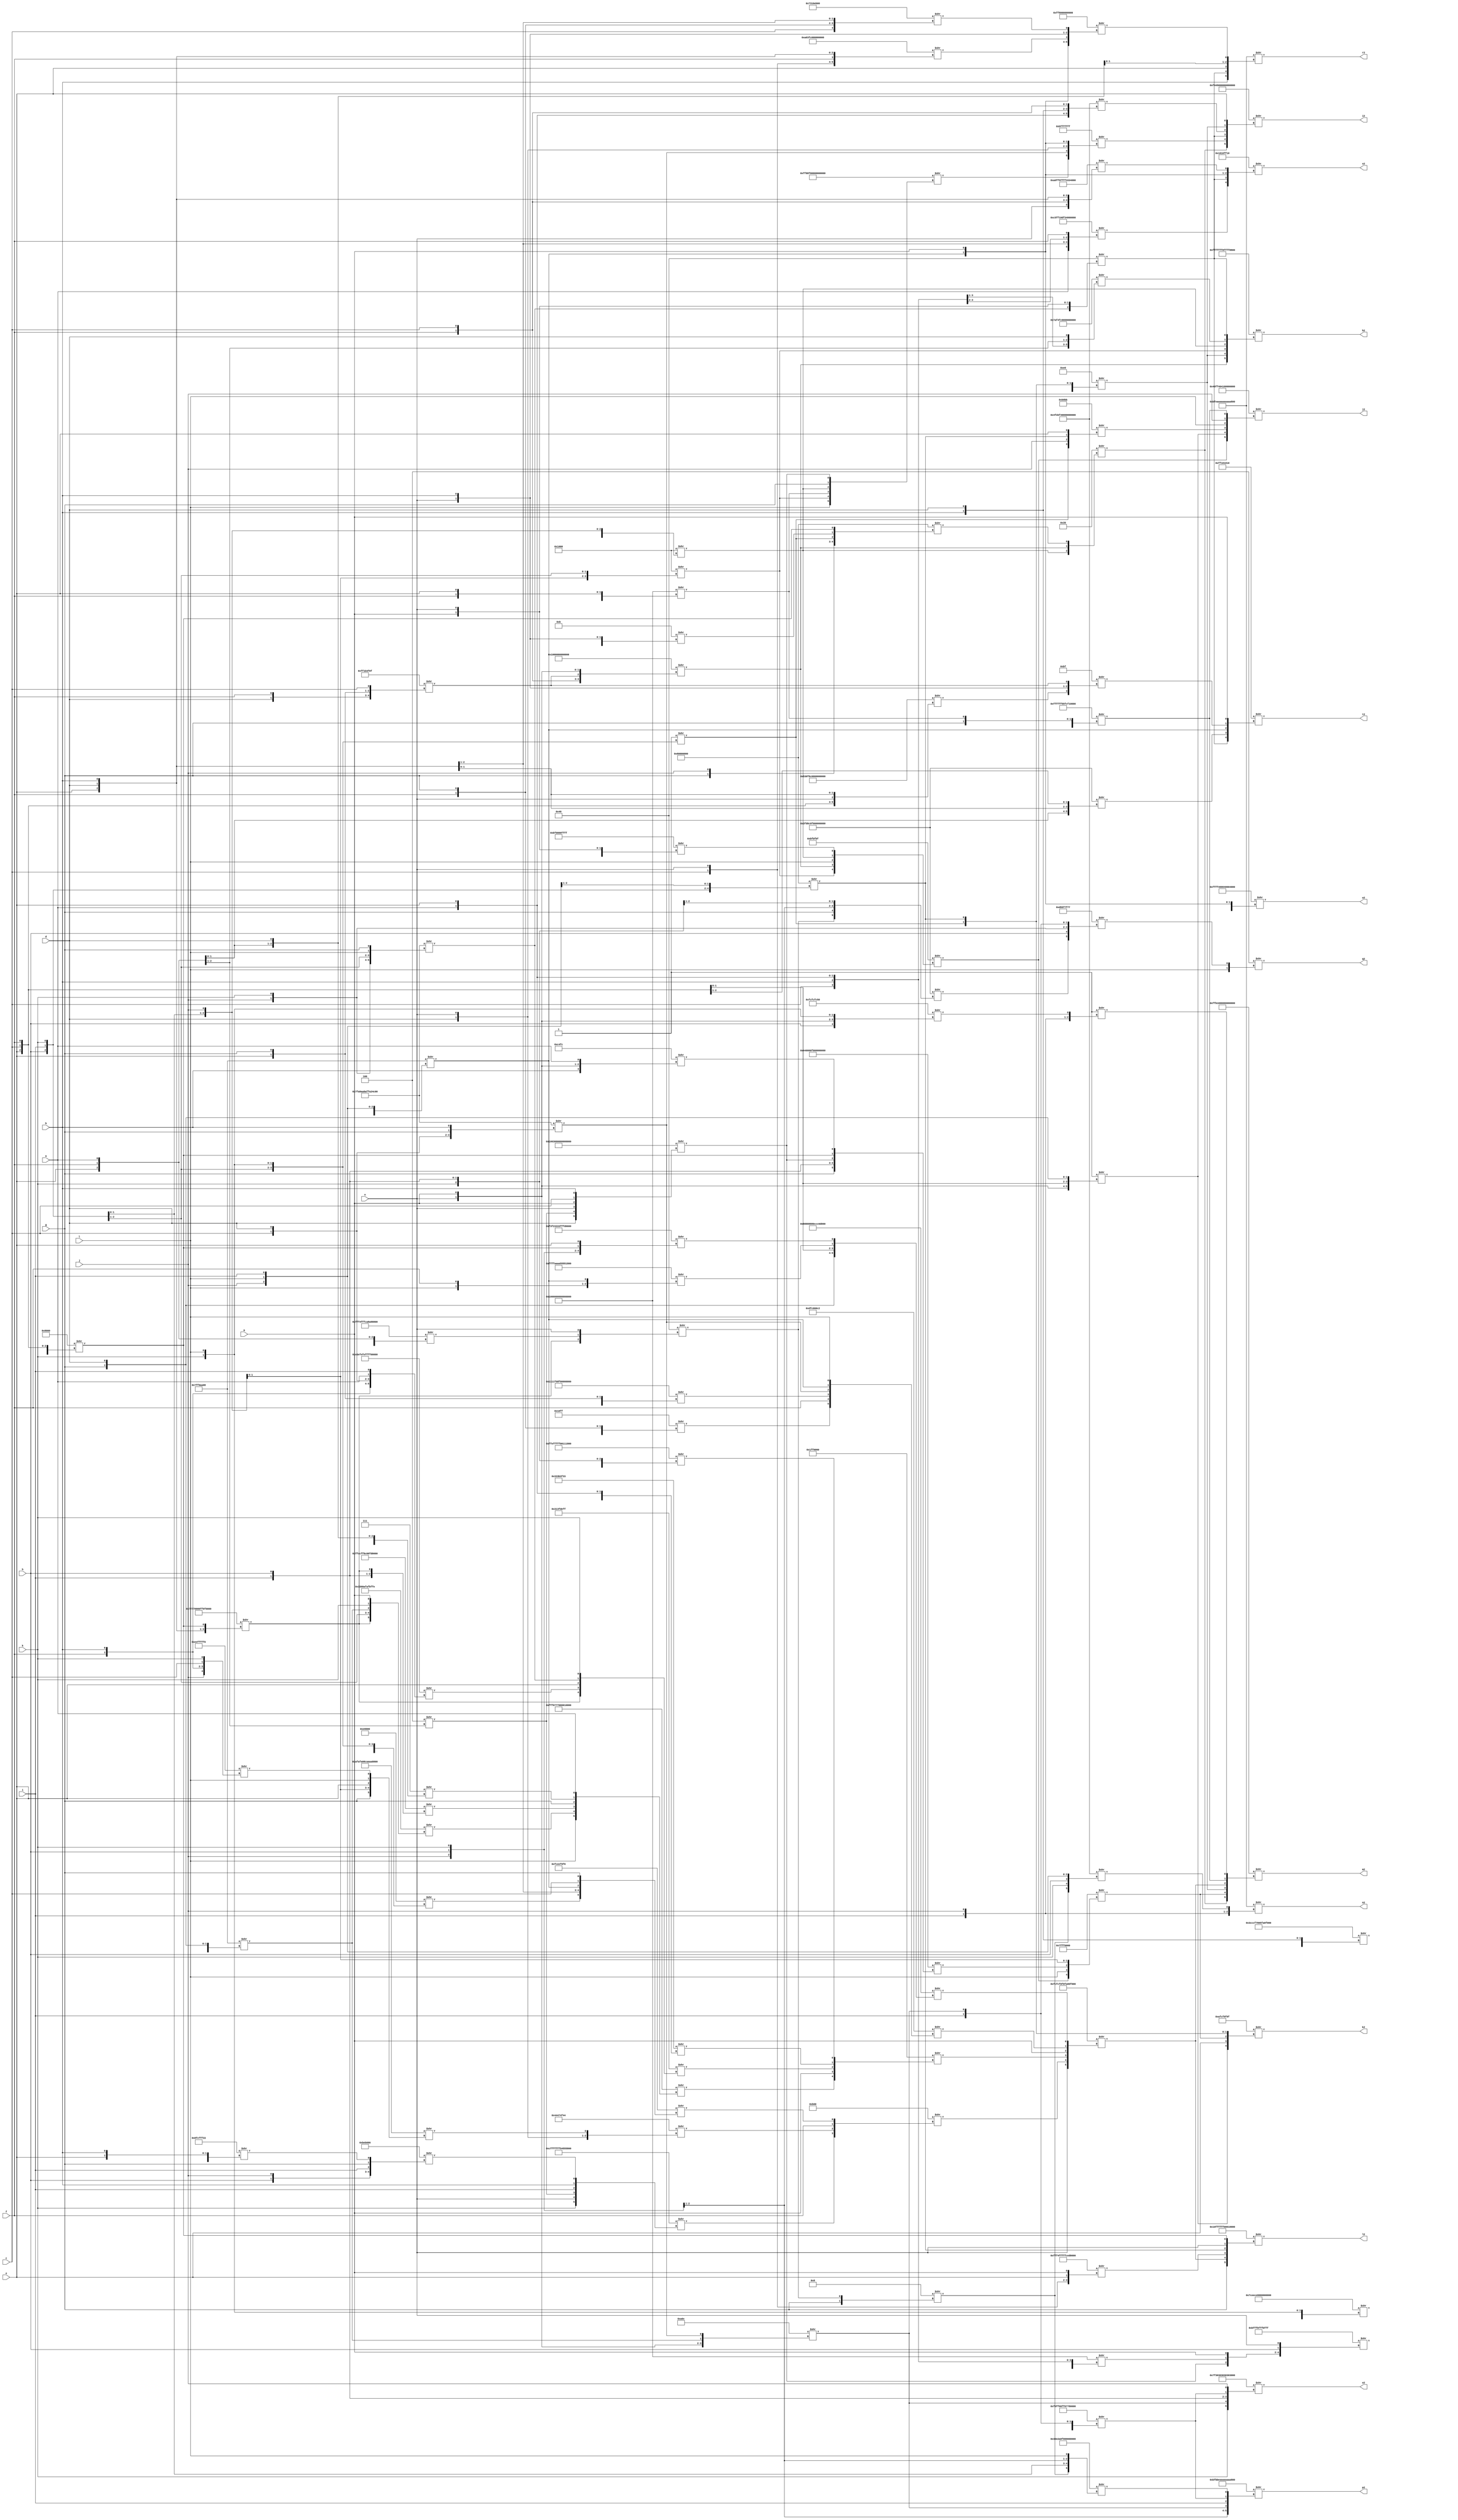
/* Generated by Yosys 0.16+65 (git sha1 051517d61, gcc 9.1.0 -fPIC -Os) */

module misex3(a, b, c, d, e, f, g, h, i, j, k, l, m, n, r2, s2, t2, u2, n2, o2, p2
, q2, h2, i2, j2, k2, m2, l2);
  wire _000_;
  wire _001_;
  wire _002_;
  wire _003_;
  wire _004_;
  wire _005_;
  wire _006_;
  wire _007_;
  wire _008_;
  wire _009_;
  wire _010_;
  wire _011_;
  wire _012_;
  wire _013_;
  wire _014_;
  wire _015_;
  wire _016_;
  wire _017_;
  wire _018_;
  wire _019_;
  wire _020_;
  wire _021_;
  wire _022_;
  wire _023_;
  wire _024_;
  wire _025_;
  wire _026_;
  wire _027_;
  wire _028_;
  wire _029_;
  wire _030_;
  wire _031_;
  wire _032_;
  wire _033_;
  wire _034_;
  wire _035_;
  wire _036_;
  wire _037_;
  wire _038_;
  wire _039_;
  wire _040_;
  wire _041_;
  wire _042_;
  wire _043_;
  wire _044_;
  wire _045_;
  wire _046_;
  wire _047_;
  wire _048_;
  wire _049_;
  wire _050_;
  wire _051_;
  wire _052_;
  wire _053_;
  wire _054_;
  wire _055_;
  wire _056_;
  wire _057_;
  wire _058_;
  wire _059_;
  wire _060_;
  wire _061_;
  wire _062_;
  wire _063_;
  wire _064_;
  wire _065_;
  wire _066_;
  wire _067_;
  wire _068_;
  wire _069_;
  wire _070_;
  wire _071_;
  wire _072_;
  wire _073_;
  wire _074_;
  wire _075_;
  wire _076_;
  wire _077_;
  wire _078_;
  wire _079_;
  wire _080_;
  input a;
  wire a;
  input b;
  wire b;
  input c;
  wire c;
  input d;
  wire d;
  input e;
  wire e;
  input f;
  wire f;
  input g;
  wire g;
  input h;
  wire h;
  output h2;
  wire h2;
  input i;
  wire i;
  output i2;
  wire i2;
  input j;
  wire j;
  output j2;
  wire j2;
  input k;
  wire k;
  output k2;
  wire k2;
  input l;
  wire l;
  output l2;
  wire l2;
  input m;
  wire m;
  output m2;
  wire m2;
  input n;
  wire n;
  output n2;
  wire n2;
  output o2;
  wire o2;
  output p2;
  wire p2;
  output q2;
  wire q2;
  output r2;
  wire r2;
  output s2;
  wire s2;
  output t2;
  wire t2;
  output u2;
  wire u2;
  assign _016_ = 64'b0011110011001100111101111000000001011111101000001111000010101010 >> { n, e, c, f, b, d };
  assign _017_ = 32'd2146478600 >> { h, k, j, l, i };
  assign _018_ = 64'b1111111111110100111111111111110010101000101010001000101000100000 >> { b, c, d, e, f, a };
  assign _019_ = 16'b1000000000000000 >> { d, e, c, f };
  assign _020_ = 64'b0111011101110111000000000000000011111111000011110000000000000000 >> { a, m, e, d, b, _019_ };
  assign _021_ = 8'b01000000 >> { _020_, _018_, n };
  assign _022_ = 64'b0111110011101110110011100000000000000000000000000000000000000000 >> { i, g, h, j, k, l };
  assign u2 = 64'b1111111111111111010000000000000001000000000000000100000000000000 >> { _022_, _021_, _016_, g, _017_, m };
  assign _023_ = 32'd2147483648 >> { h, i, k, j, l };
  assign _024_ = 16'b0001000000000000 >> { h, i, k, j };
  assign _025_ = 64'b1111111111110100111111111111111111111100111011001111111111101110 >> { d, _024_, c, n, e, m };
  assign _026_ = 64'b1111001111110010001100110011001111111111111111001111111100000000 >> { i, j, h, k, _019_, e };
  assign _027_ = 32'd2146478600 >> { c, f, e, g, d };
  assign _028_ = 64'b1111111111111111101010101010101001010101010101010001010001000101 >> { _027_, i, d, l, f, _017_ };
  assign _029_ = 64'b1000100010001000100010001000000011001100110000001100110011001100 >> { g, d, c, f, _028_, _026_ };
  assign _030_ = 64'b0001000100010001111111011101111100000000000000000000000000000000 >> { b, _017_, h, j, e, g };
  assign _031_ = 64'b0111111110101000101010101000101011111111101000100100110010000000 >> { e, f, c, d, g, b };
  assign _032_ = 32'd4351 >> { b, c, j, f, g };
  assign _033_ = 64'b0000000000000000000000000000000011011111110000000000000011000010 >> { _032_, f, _030_, _031_, _017_, l };
  assign _034_ = 64'b1111111111001100111111111000110000000000111111001111111111111111 >> { m, c, _023_, i, h, _020_ };
  assign _035_ = 16'b0000000000000111 >> { e, f, a, d };
  assign _036_ = 64'b1111111111101111111111111111111100000000000100010001010000001111 >> { _035_, l, j, k, i, h };
  assign _037_ = 64'b0000000000000000000000000000000000110011001110110011111100110011 >> { b, d, f, c, a, e };
  assign _038_ = 64'b0111111110101000101010101000101011111111101000100100110010000000 >> { j, k, h, i, l, g };
  assign _039_ = 64'b1110001111101111111011111110111111111111111100000000000011111111 >> { f, b, c, d, a, i };
  assign _040_ = 32'd826269439 >> { _020_, _039_, e, _038_, k };
  assign _041_ = 64'b0000000000000000001100110000000010101111101011111011111111111110 >> { _020_, h, i, _027_, k, m };
  assign _042_ = 64'b1111111111110000011101110111000000000000000000001111111111110000 >> { l, _041_, _034_, g, _035_, a };
  assign _043_ = 32'd33488896 >> { _042_, m, _040_, _037_, _036_ };
  assign _044_ = 32'd917504 >> { n, h, i, k, l };
  assign _045_ = 64'b0000000000000000000000000000000011111100111011101111000011110000 >> { _044_, e, d, _017_, c, g };
  assign _046_ = 32'd4009754608 >> { j, f, b, c, k };
  assign _047_ = 64'b1010111110101111101000001000110010101010101010101000100010001000 >> { g, k, j, e, l, _046_ };
  assign _048_ = 64'b0000000000000000000000000000000001000100010001110100111101000100 >> { h, i, c, d, n, _047_ };
  assign _049_ = 32'd2412773171 >> { c, n, d, e, b };
  assign _050_ = 32'd12496896 >> { h, j, i, g, _049_ };
  assign _051_ = 4'b0100 >> { e, f };
  assign _052_ = 64'b1100111111111111111111111111111101010100010101010101010101010101 >> { k, n, _051_, i, b, _050_ };
  assign _053_ = 16'b0000101100000000 >> { _052_, _048_, f, _045_ };
  assign _054_ = 64'b1111110011111100111100001111000011111010000000001111000000000000 >> { n, _053_, _043_, m, _033_, _029_ };
  assign l2 = 64'b0001000011111111111111111111111100000000000000001111111111111111 >> { g, _054_, _025_, _023_, n, _019_ };
  assign _055_ = 16'b0000101000001100 >> { n, m, _027_, _031_ };
  assign _056_ = 64'b1111000011111111000000001111111100000111011101111111111111111111 >> { k, j, _021_, g, i, _055_ };
  assign o2 = 64'b0111111100110000001100000011000000110000001100000011000000110000 >> { k, _055_, i, h, _056_, j };
  assign _057_ = 4'b1000 >> { g, _021_ };
  assign _058_ = 64'b0100111111101011111101000000000000000000000000000000000000000000 >> { _057_, k, h, j, l, i };
  assign n2 = 64'b1011111111101010101010101010101010101010101010101010101010101010 >> { h, _055_, k, i, j, _058_ };
  assign _059_ = 32'd4244438096 >> { h, n, m, k, l };
  assign _060_ = 8'b00000001 >> { i, j, _059_ };
  assign _061_ = 8'b00001011 >> { m, n, b };
  assign _062_ = 64'b0001000000000000000000000000000000000000000000000000000000000000 >> { d, _061_, g, c, f, e };
  assign _063_ = 64'b0001000000000000000000000000000000000000000000000000000000000000 >> { f, d, c, b, a, e };
  assign _064_ = 64'b0001000000000011000000000000000000000000000000000000000000000000 >> { d, _051_, n, c, m, b };
  assign _065_ = 64'b0000000000000000101111111111111110111111111111111011111111111111 >> { g, _064_, _063_, m, h, n };
  assign _066_ = 64'b1111111111111111111111110101010111111100111100001111111111111111 >> { k, i, h, _065_, g, _062_ };
  assign _067_ = 16'b0000000000000001 >> { h, i, k, l };
  assign _068_ = 64'b0000000000000000000000000000000000000000000000000000000000000001 >> { n, m, c, f, g, d };
  assign _069_ = 8'b11100000 >> { _068_, _067_, _023_ };
  assign _070_ = 16'b1100010011111100 >> { b, n, m, a };
  assign _071_ = 64'b0100010000000000000000001111000000000000000000000000000000000000 >> { g, i, h, _064_, _019_, _070_ };
  assign _072_ = 64'b0000000000000000000000001011111100000000000000001111111111111111 >> { g, _062_, _064_, _063_, m, n };
  assign _073_ = 16'b0001000000000000 >> { k, j, h, i };
  assign _074_ = 32'd4279975695 >> { d, f, e, g, c };
  assign _075_ = 64'b0000000000000001000000000000000000000000000000000000000000000000 >> { l, f, c, _074_, n, m };
  assign _076_ = 32'd12566463 >> { _073_, _075_, l, _024_, _072_ };
  assign _077_ = 32'd2147418112 >> { _076_, l, _071_, k, j };
  assign _078_ = 32'd2147483648 >> { g, j, _067_, _061_, _019_ };
  assign _079_ = 8'b00110101 >> { _024_, _075_, _078_ };
  assign m2 = 64'b1111111110110000111111111111111111111111111111111111111111111111 >> { _079_, _077_, _069_, _054_, _066_, _060_ };
  assign _080_ = 64'b0100111111101011111101000000000000000000000000000000000000000000 >> { a, e, b, d, f, c };
  assign _000_ = 8'b01000000 >> { _038_, m, n };
  assign _001_ = 64'b1111111110001000111100000000000000000000000000000000000000000000 >> { l, _073_, _062_, _024_, g, _064_ };
  assign _002_ = 64'b0000000000000000000000000000000010111111111111111111111111111111 >> { _001_, _031_, d, n, _017_, m };
  assign i2 = 64'b1111010001000100111111111111111111111111111111111111111111111111 >> { _079_, _002_, _000_, _080_, _069_, e };
  assign _003_ = 64'b0111101011110100111111000000000000000000000000000000000000000000 >> { c, b, a, e, f, d };
  assign h2 = 64'b1111111111111111111111111111100011111111111111111000100010001000 >> { _075_, _069_, _073_, _024_, _003_, _000_ };
  assign _004_ = 64'b0011111111011000110000001111000000000000000000000000000000000000 >> { _021_, g, j, h, k, i };
  assign _005_ = 64'b0000000000000000000000000000000011010101010111110111111101110111 >> { _004_, h, j, k, i, _055_ };
  assign q2 = 4'b0100 >> { l, _005_ };
  assign _006_ = 64'b0011000011100010101000001111000000000000000000000000000000000000 >> { _057_, i, k, j, h, l };
  assign p2 = 64'b1011111110111011111010101010101010101010101010101010101010101010 >> { j, h, _055_, i, _056_, _006_ };
  assign _007_ = 64'b1010000011111111010111111111111111110011001100110011111111111111 >> { n, f, c, e, d, b };
  assign _008_ = 64'b1100010111111111000100001101111100110011111111111111111111111111 >> { a, e, d, c, b, f };
  assign s2 = 32'd269549328 >> { _008_, _000_, _017_, m, _007_ };
  assign _009_ = 32'd1930488576 >> { c, f, g, e, d };
  assign _010_ = 64'b0000000010100000001111111100000000000000000000000000000000000000 >> { c, n, f, e, d, b };
  assign _011_ = 64'b0000000000000000111111111000000000000000000000000000000000000000 >> { _017_, m, _010_, n, b, _009_ };
  assign r2 = 64'b1011111111101010101010101010101010101010101010101010101010101010 >> { b, _000_, e, a, d, _011_ };
  assign k2 = 32'd2949582607 >> { _068_, e, _077_, _067_, _023_ };
  assign _012_ = 16'b1011000010111011 >> { _067_, j, _023_, e };
  assign j2 = 64'b0100000011111111010000000100000011111111111111111111111111111111 >> { _076_, _068_, _012_, l, j, _066_ };
  assign _013_ = 64'b0101001100001111100011000000000000000000000000000000000000000000 >> { e, c, f, n, d, b };
  assign _014_ = 64'b0011111111011000110000001111000000000000000000000000000000000000 >> { f, a, d, b, e, c };
  assign _015_ = 16'b0000000010111111 >> { _013_, n, b, _074_ };
  assign t2 = 32'd4279242768 >> { _000_, _014_, _017_, _015_, m };
endmodule